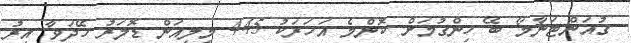
ގުއަންޓަނާމޯ ބޭ ހިންގުމަށް ކޮންމެ އަހަރަކު 445 މިލިއަން ޑޮލަރު ހޭދަވާ އިރު